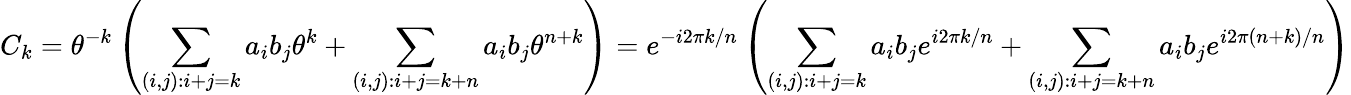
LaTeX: C_{k}=\theta^{-k}\left(\sum_{(i,j):i+j=k}{a_{i}b_{j}\theta^{k}}+\sum_{(i,j):i+j=k+n}{a_{i}b_{j}\theta^{n+k}}\right)=e^{-i2\pi k/n}\left(\sum_{(i,j):i+j=k}{a_{i}b_{j}e^{i2\pi k/n}}+\sum_{(i,j):i+j=k+n}{a_{i}b_{j}e^{i2\pi(n+k)/n}}\right)